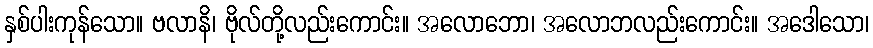
နှစ်ပါးကုန်သော။ ဗလာနိ၊ ဗိုလ်တို့လည်းကောင်း။ အလောဘော၊ အလောဘလည်းကောင်း။ အဒေါသော၊